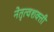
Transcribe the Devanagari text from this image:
नेतृत्वशक्ती